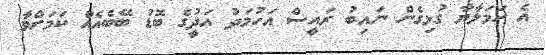
އެ ހަމަލާޔާ ގުޅިގެން ނައިބު ރައީސް އަހުމަދު އަދީުގެ ބޮޑު ބޭބެއެއް ކަމަށްވާ